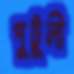
পুটুলী